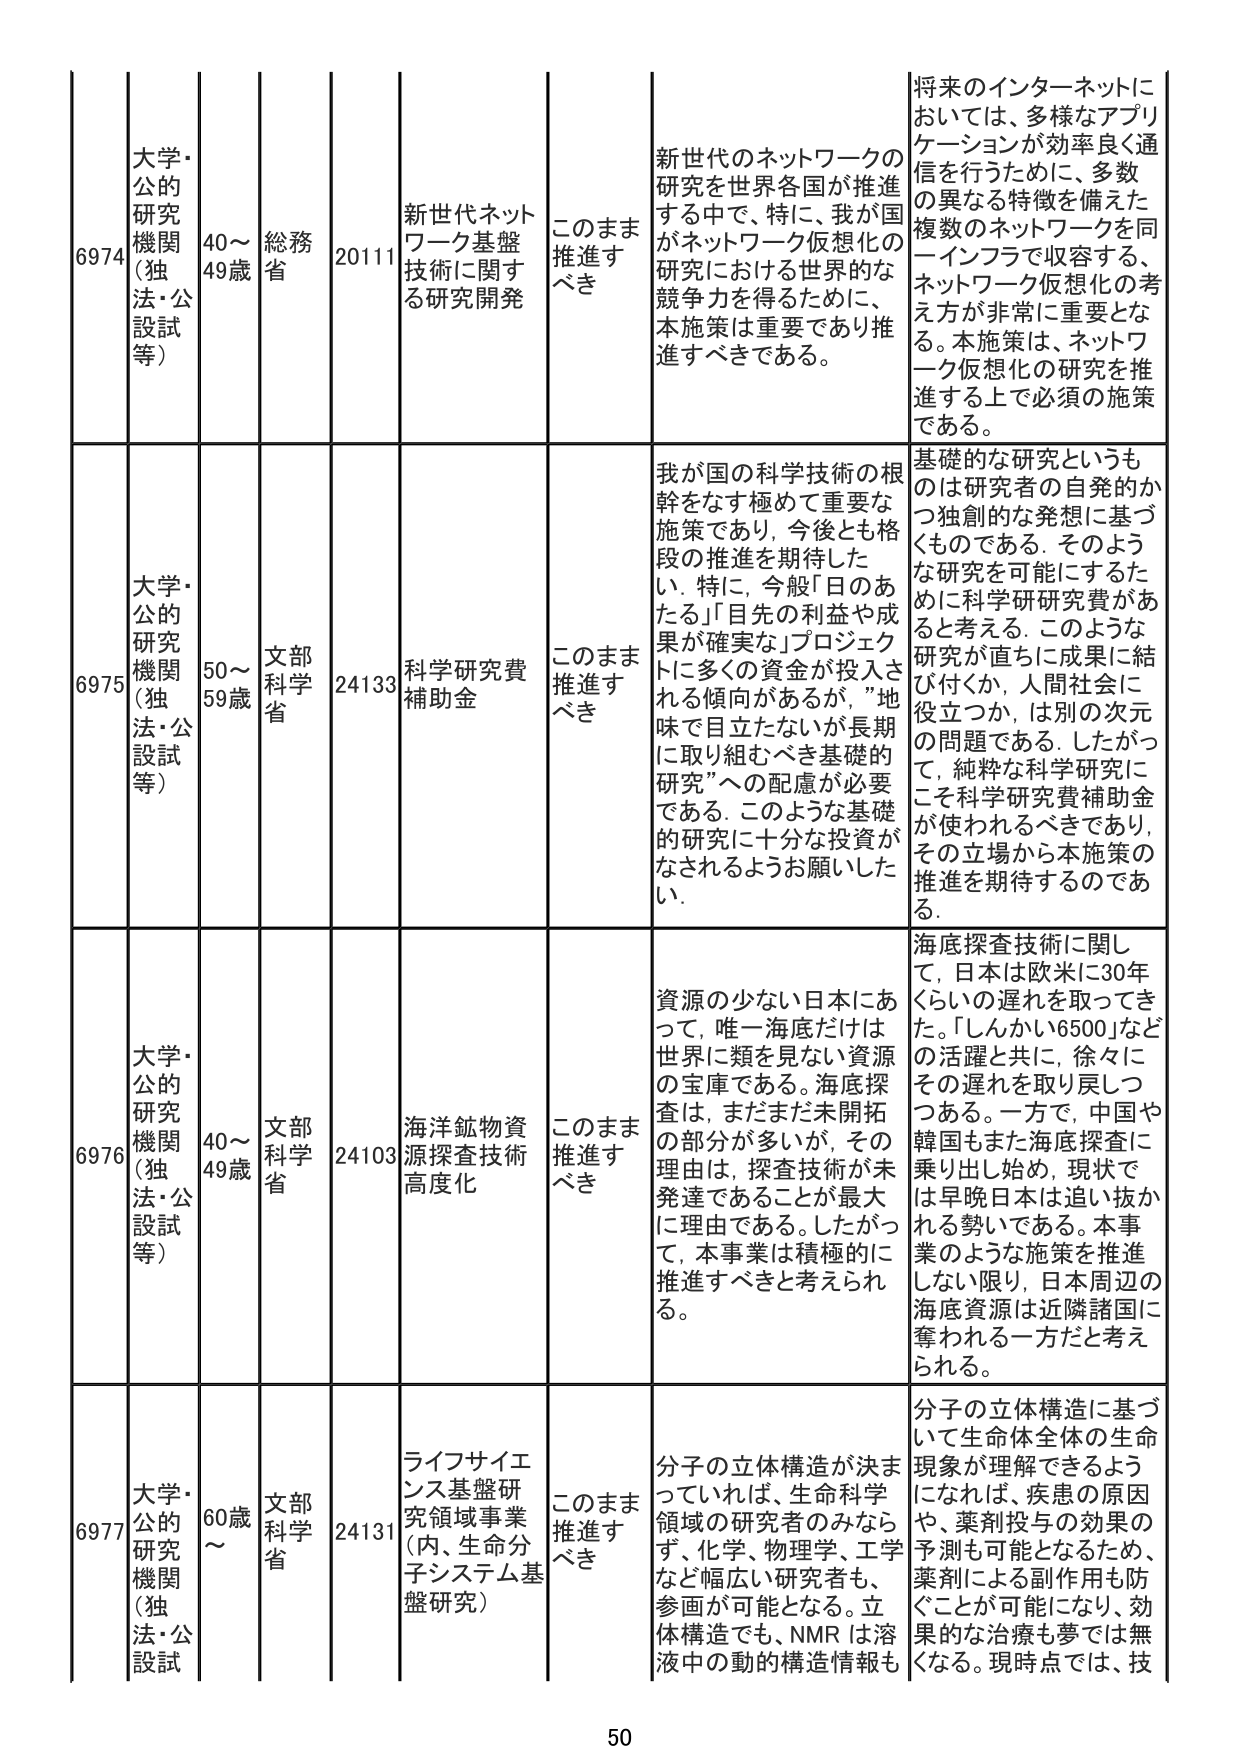
6974 大学・公的研究機関（独法・公設試等） 40～49歳 総務省 20111 新世代ネットワーク基盤技術に関する研究開発 このまま推進すべき 新世代のネットワークの研究を世界各国が推進する中で、特に、我が国がネットワーク仮想化の研究における世界的な競争力を得るために、本施策は重要であり推進すべきである。 将来のインターネットにおいては、多様なアプリケーションが効率良く通信を行うために、多数の異なる特徴を備えた複数のネットワークを同一インフラで収容する、ネットワーク仮想化の考え方が非常に重要となる。本施策は、ネットワーク仮想化の研究を推進する上で必須の施策である。

6975 大学・公的研究機関（独法・公設試等） 50～59歳 文部科学省 24133 科学研究費補助金 このまま推進すべき 我が国の科学技術の根幹をなす極めて重要な施策であり、今後とも格段の推進を期待したい。特に、今般「日のあたる」「目先の利益や成果が確実な」プロジェクトに多くの資金が投入される傾向があるが、”地味で目立たないが長期に取り組むべき基礎的研究”への配慮が必要である。このような基礎的研究に十分な投資がなされるようお願いしたい。 基礎的な研究というものは研究者の自発的かつ独創的な発想に基づくものである。そのような研究を可能にするために科学研究費があると考える。このような研究が直ちに成果に結び付くか、人間社会に役立つか、は別の次元の問題である。したがって、純粋な科学研究にこそ科学研究費補助金が使われるべきであり、その立場から本施策の推進を期待するのである。

6976 大学・公的研究機関（独法・公設試等） 40～49歳 文部科学省 24103 海洋鉱物資源探査技術高度化 このまま推進すべき 資源の少ない日本にあって、唯一海底だけは世界に類を見ない資源の宝庫である。海底探査は、まだまだ未開拓の部分が多いが、その理由は、探査技術が未発達であることが最大に理由である。したがって、本事業は積極的に推進すべきと考えられる。 海底探査技術に関して、日本は欧米に30年くらいの遅れを取ってきた。「しんかい6500」などの活躍と共に、徐々にその遅れを取り戻しつつある。一方で、中国や韓国もまた海底探査に乗り出し始め、現状では早晩日本は追い抜かれる勢いである。本事業のような施策を推進しない限り、日本周辺の海底資源は近隣諸国に奪われる一方だと考えられる。

6977 大学・公的研究機関（独法・公設試等） 60歳～ 文部科学省 24131 ライフサイエンス基盤研究領域事業（内、生命分子システム基盤研究） このまま推進すべき 分子の立体構造が決まっていれば、生命科学領域の研究者のみならず、化学、物理学、工学など幅広い研究者も、参画が可能となる。立体構造でも、NMRは溶液中の動的構造情報も 分子の立体構造に基づいて生命体全体の生命現象が理解できるようになれば、疾患の原因や、薬剤投与の効果の予測も可能となるため、薬剤による副作用も防ぐことが可能になり、効果的な治療も夢では無くなる。現時点では、技

50